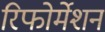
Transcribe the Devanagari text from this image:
रिफोर्मेशन